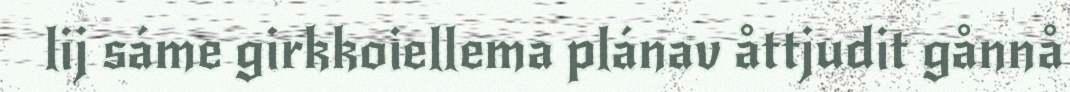
lij sáme girkkoiellema plánav åttjudit gånnå